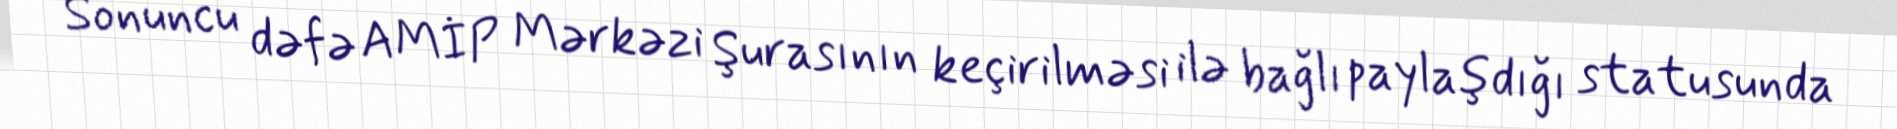
Sonuncu dəfə AMİP Mərkəzi Şurasının keçirilməsi ilə bağlı paylaşdığı statusunda